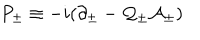
P _ { \pm } \equiv - i ( \partial _ { \pm } - \mathcal { Q } _ { \pm } \mathcal { A } _ { \pm } )